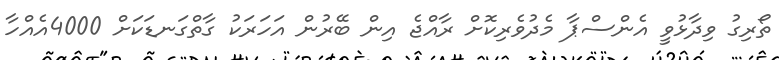
ތޯރިގު ވިދާޅުވީ އެންސްޕާ މެދުވެރިކޮށް ރާއްޖެ އިން ބޭރުން އަހަރަކު ގާތްގަނޑަކަށް 4000އެއްހާ